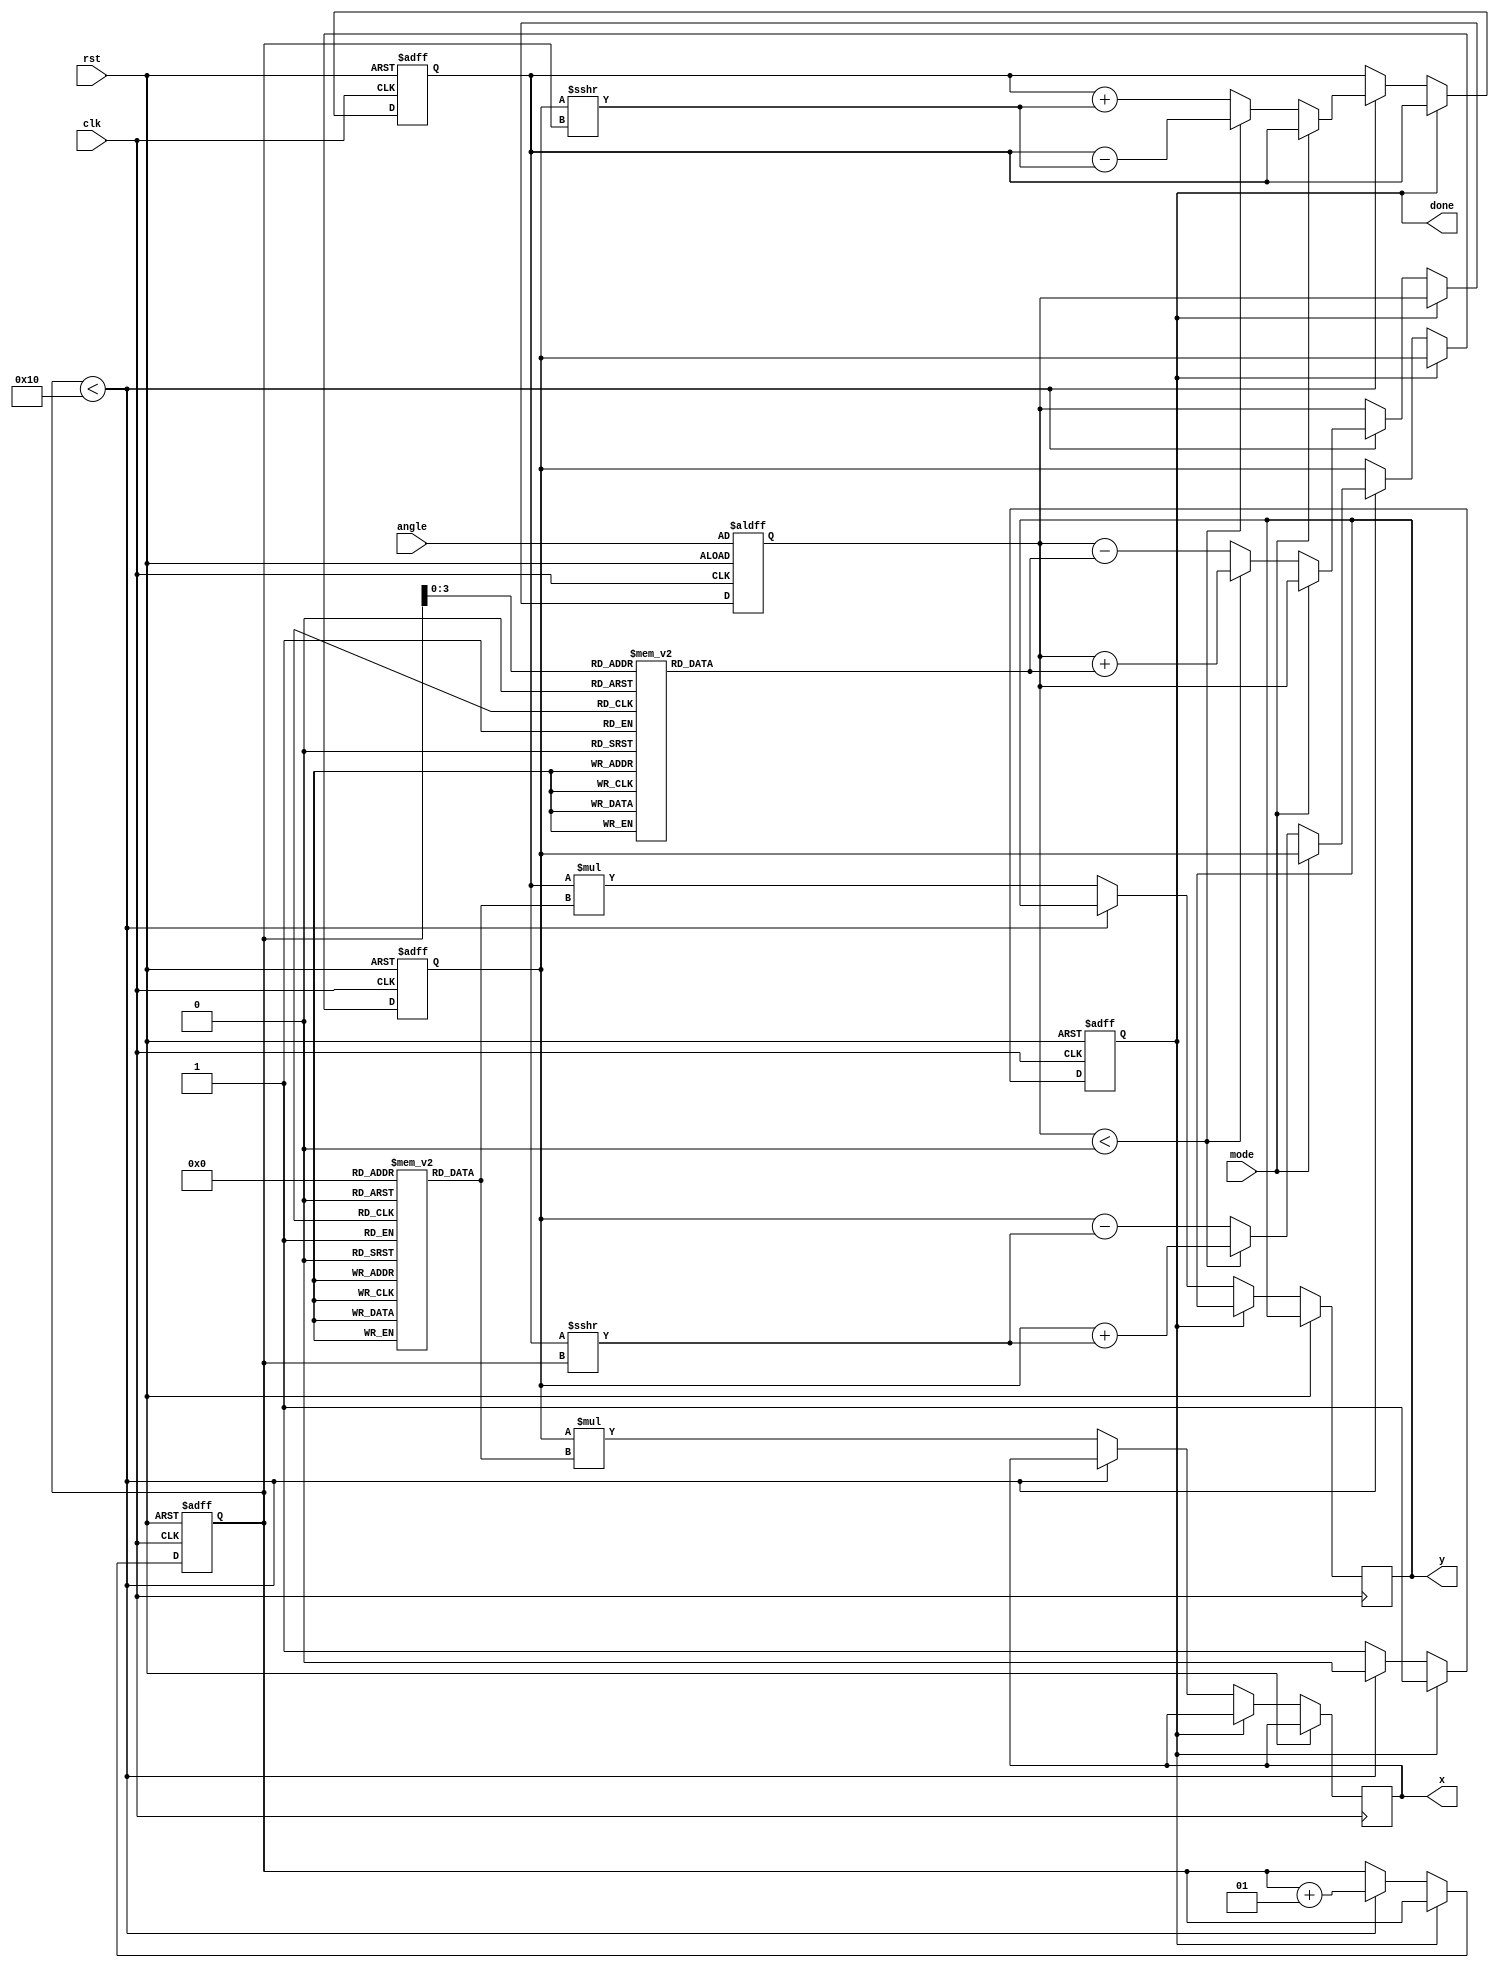
module CORDIC #(
    parameter WIDTH = 16,          // Bit-width for fixed-point representation
    parameter ITERATIONS = 16      // Number of iterations for precision
)(
    input wire clk,                // Clock signal
    input wire rst,                // Reset signal
    input wire [WIDTH-1:0] angle,  // Input angle in fixed-point format
    input wire mode,               // Mode (0: rotation, 1: vectoring)
    output reg signed [WIDTH-1:0] x, // Output x value (cosine or x coordinate)
    output reg signed [WIDTH-1:0] y, // Output y value (sine or y coordinate)
    output reg done                // Flag to indicate completion
);

    // Lookup tables for angles and scaling factors
    reg [WIDTH-1:0] angle_table [0:ITERATIONS-1];
    reg [WIDTH-1:0] scale_table [0:ITERATIONS-1];

    // Registers for CORDIC iterations
    reg signed [WIDTH-1:0] x_reg, y_reg, z_reg;
    integer i;

    initial begin
        // Initialize the angle and scale lookup tables (example values)
        angle_table[0] = 16'h0000;  // atan(2^0)
        angle_table[1] = 16'h26DB;  // atan(2^-1)
        angle_table[2] = 16'h1DAC;  // atan(2^-2)
        angle_table[3] = 16'h1A62;  // atan(2^-3)
        angle_table[4] = 16'h157C;  // atan(2^-4)
        angle_table[5] = 16'h0D1F;  // atan(2^-5)
        angle_table[6] = 16'h0A3D;  // atan(2^-6)
        angle_table[7] = 16'h0516;  // atan(2^-7)
        angle_table[8] = 16'h0281;  // atan(2^-8)
        angle_table[9] = 16'h0142;  // atan(2^-9)
        angle_table[10] = 16'h00A1; // atan(2^-10)
        angle_table[11] = 16'h0052; // atan(2^-11)
        angle_table[12] = 16'h002A; // atan(2^-12)
        angle_table[13] = 16'h0014; // atan(2^-13)
        angle_table[14] = 16'h000A; // atan(2^-14)
        angle_table[15] = 16'h0005; // atan(2^-15)

        scale_table[0] = 16'h2000; // Scaling factor for 0 iterations
        scale_table[1] = 16'h1FFF; // Scaling factor for 1 iteration
        scale_table[2] = 16'h1FFF; // Scaling factor for 2 iterations
        // Continue with appropriate scaling values for all iterations...
        // For simplicity, you can assume the same scale for all iterations

        done = 0;
    end

    always @(posedge clk or posedge rst) begin
        if (rst) begin
            x_reg <= 16'h2000; // Initial x = 1.0 in fixed-point
            y_reg <= 16'h0000; // Initial y = 0.0
            z_reg <= angle;    // Load input angle
            done <= 0;
            i <= 0;
        end else if (!done) begin
            // CORDIC Iteration Logic
            if (i < ITERATIONS) begin
                // Perform rotation based on mode and quadrant
                if (mode == 0) begin // Rotation mode
                    if (z_reg < 0) begin
                        // Counter-clockwise rotation
                        x_reg <= x_reg + (y_reg >>> i);
                        y_reg <= y_reg - (x_reg >>> i);
                        z_reg <= z_reg + angle_table[i];
                    end else begin
                        // Clockwise rotation
                        x_reg <= x_reg - (y_reg >>> i);
                        y_reg <= y_reg + (x_reg >>> i);
                        z_reg <= z_reg - angle_table[i];
                    end
                end else begin // Vectoring mode
                    // Similar logic with changes for vectoring
                    // Not fully implemented for brevity
                end
                i <= i + 1;
            end else begin
                // Final output assignment after iterations
                x <= x_reg * scale_table[0]; // Scale the final value
                y <= y_reg * scale_table[0];
                done <= 1; // Indicate completion
            end
        end
    end

endmodule